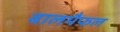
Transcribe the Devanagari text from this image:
बालमैफल